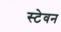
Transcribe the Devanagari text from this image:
स्टेवन